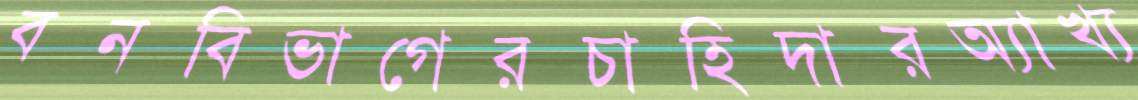
বনবিভাগেরচাহিদারঅ্যাখ্য